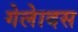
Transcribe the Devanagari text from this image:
गेलेादस